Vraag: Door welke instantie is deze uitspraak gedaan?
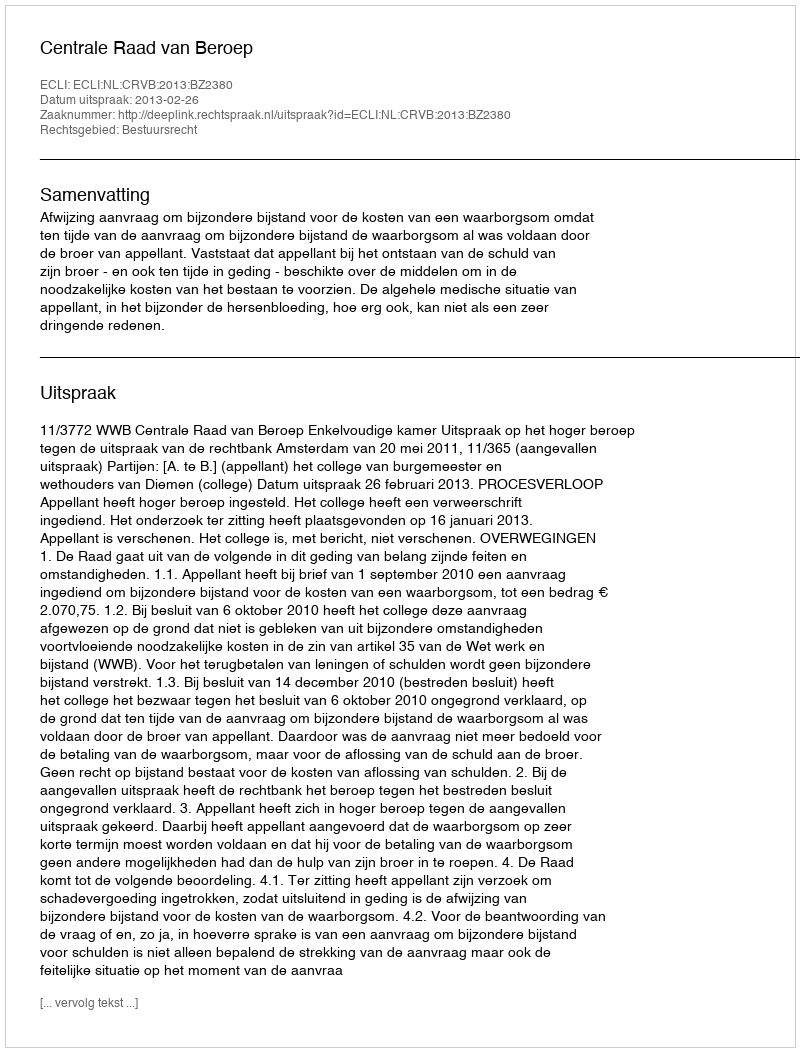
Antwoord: Centrale Raad van Beroep